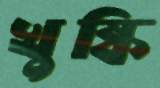
খুষ্কি